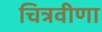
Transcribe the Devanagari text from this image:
चित्रवीणा